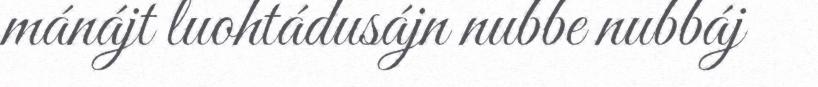
mánájt luohtádusájn nubbe nubbáj